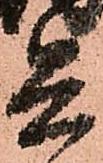
兵